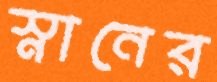
স্নানের